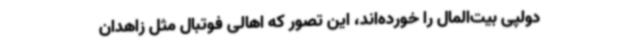
دولپی بیت‌المال را خورده‌اند، این تصور که اهالی فوتبال مثل زاهدان